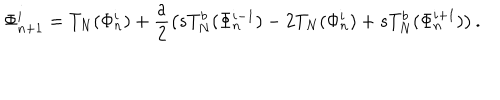
\Phi _ { n + 1 } ^ { i } = T _ { N } ( \Phi _ { n } ^ { i } ) + \frac { a } { 2 } \left( s T _ { N } ^ { b } ( \Phi _ { n } ^ { i - 1 } ) - 2 T _ { N } ( \Phi _ { n } ^ { i } ) + s T _ { N } ^ { b } ( \Phi _ { n } ^ { i + 1 } ) \right) .